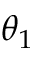
\theta _ { 1 }